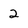
Character: 2